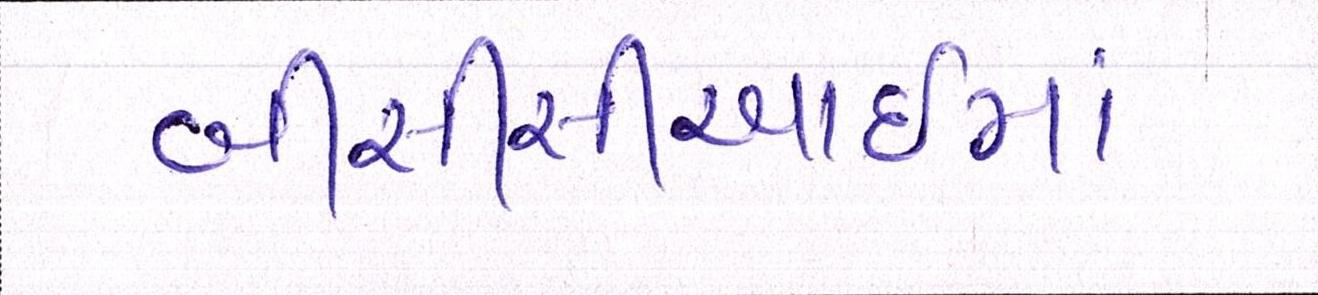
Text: બીસીસીઆઈમાં